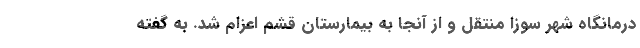
درمانگاه شهر سوزا منتقل و از آنجا به بیمارستان قشم اعزام شد. به گفته